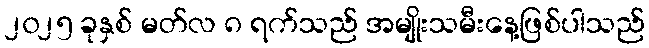
၂၀၂၅ ခုနှစ် မတ်လ ၈ ရက်သည် အမျိုးသမီးနေ့ဖြစ်ပါသည်